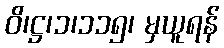
ဝိ၊ဋ္ဌ၊၁၊၁၁၅၊ မှယူရန်